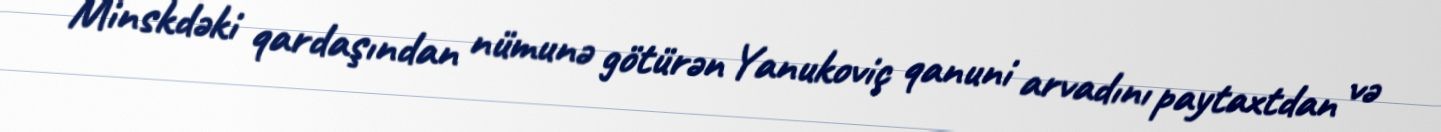
Minskdəki qardaşından nümunə götürən Yanukoviç qanuni arvadını paytaxtdan və